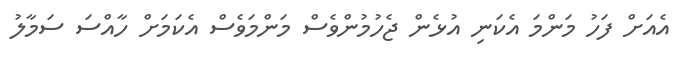
އެއަށް ފަހު މަންމަ އެކަނި އުޅެން ޖެހުމުންވެސް މަންމަވެސް އެކަމަށް ހާއްސަ ސަމާލު